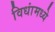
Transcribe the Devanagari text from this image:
विधांमध्ये